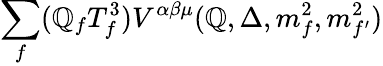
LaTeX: {\sum_{f}}({\mathbb{Q}_{f}}{T_{f}^{3}}){V^{\alpha\beta\mu}}(\mathbb{Q},\Delta,{m_{f}^{2}},{m_{{f^{\prime}}}^{2}})